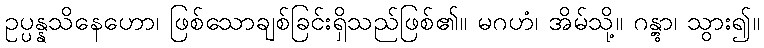
ဥပ္ပန္နသိနေဟော၊ ဖြစ်သောချစ်ခြင်းရှိသည်ဖြစ်၏။ မဂဟံ၊ အိမ်သို့။ ဂန္တွာ၊ သွား၍။